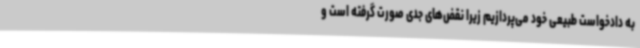
به دادخواست طبیعی خود می‌پردازیم زیرا نقض‌های جدی صورت گرفته است و